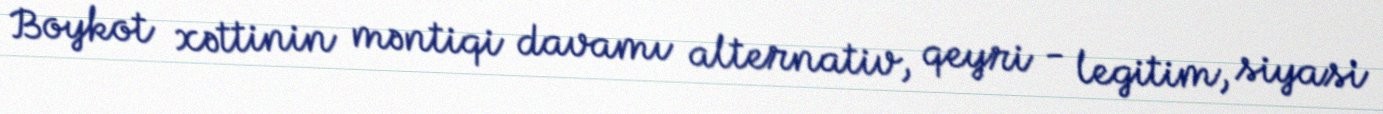
Boykot xəttinin məntiqi davamı alternativ, qeyri - legitim, siyasi